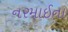
નરમાઈના